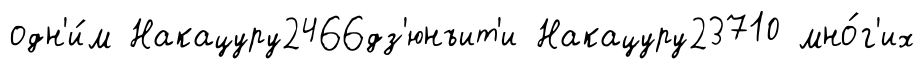
одн'и́м Накацуру2466дз'юнъит'и Накацуру23710 мно́г'их